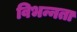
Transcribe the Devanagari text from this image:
विभन्नता